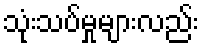
သုံးသပ်မှုများလည်း